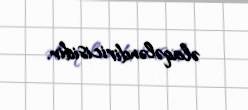
əlaqələndiricisidir.